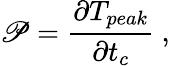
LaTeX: \mathscr{P}=\frac{\partial T_{peak}}{\partial t_{c}}~,